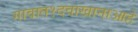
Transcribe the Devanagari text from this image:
गावात१दवाखानाआहे